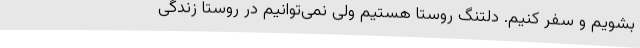
بشویم و سفر کنیم. دلتنگ روستا هستیم ولی نمی‌توانیم در روستا زندگی